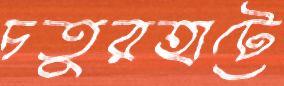
চতুরহাটে